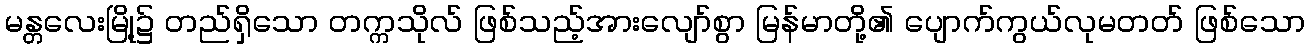
မန္တလေးမြို့၌ တည်ရှိသော တက္ကသိုလ် ဖြစ်သည့်အားလျော်စွာ မြန်မာတို့၏ ပျောက်ကွယ်လုမတတ် ဖြစ်သော